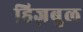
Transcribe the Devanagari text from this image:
हिज़बुल